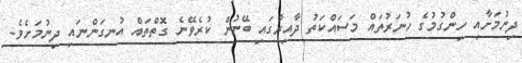
ދިނުމަށާއި ހިންގުމުގެ ހުނަރުތައް މަސައްކަތު ދާއިރާގައި ބޭނުން ކުރެވޭނެ ގޮތްތައް އުނގަންނައި ދިނުމަށެވެ.